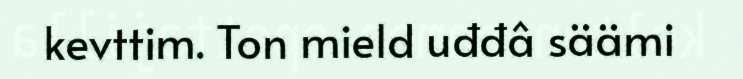
kevttim. Ton mield uđđâ säämi